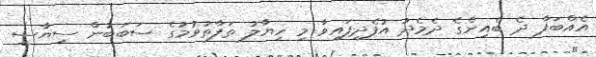
އެއްބަފާ ދެ ބެއިންގެ ދެމެދު އުފެދިފައިވާ މި ހިޔާލު ތަފާތުވުމުގެ ސަބަބުން ސިޔާސީ